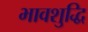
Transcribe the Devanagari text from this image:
भावशुद्धि